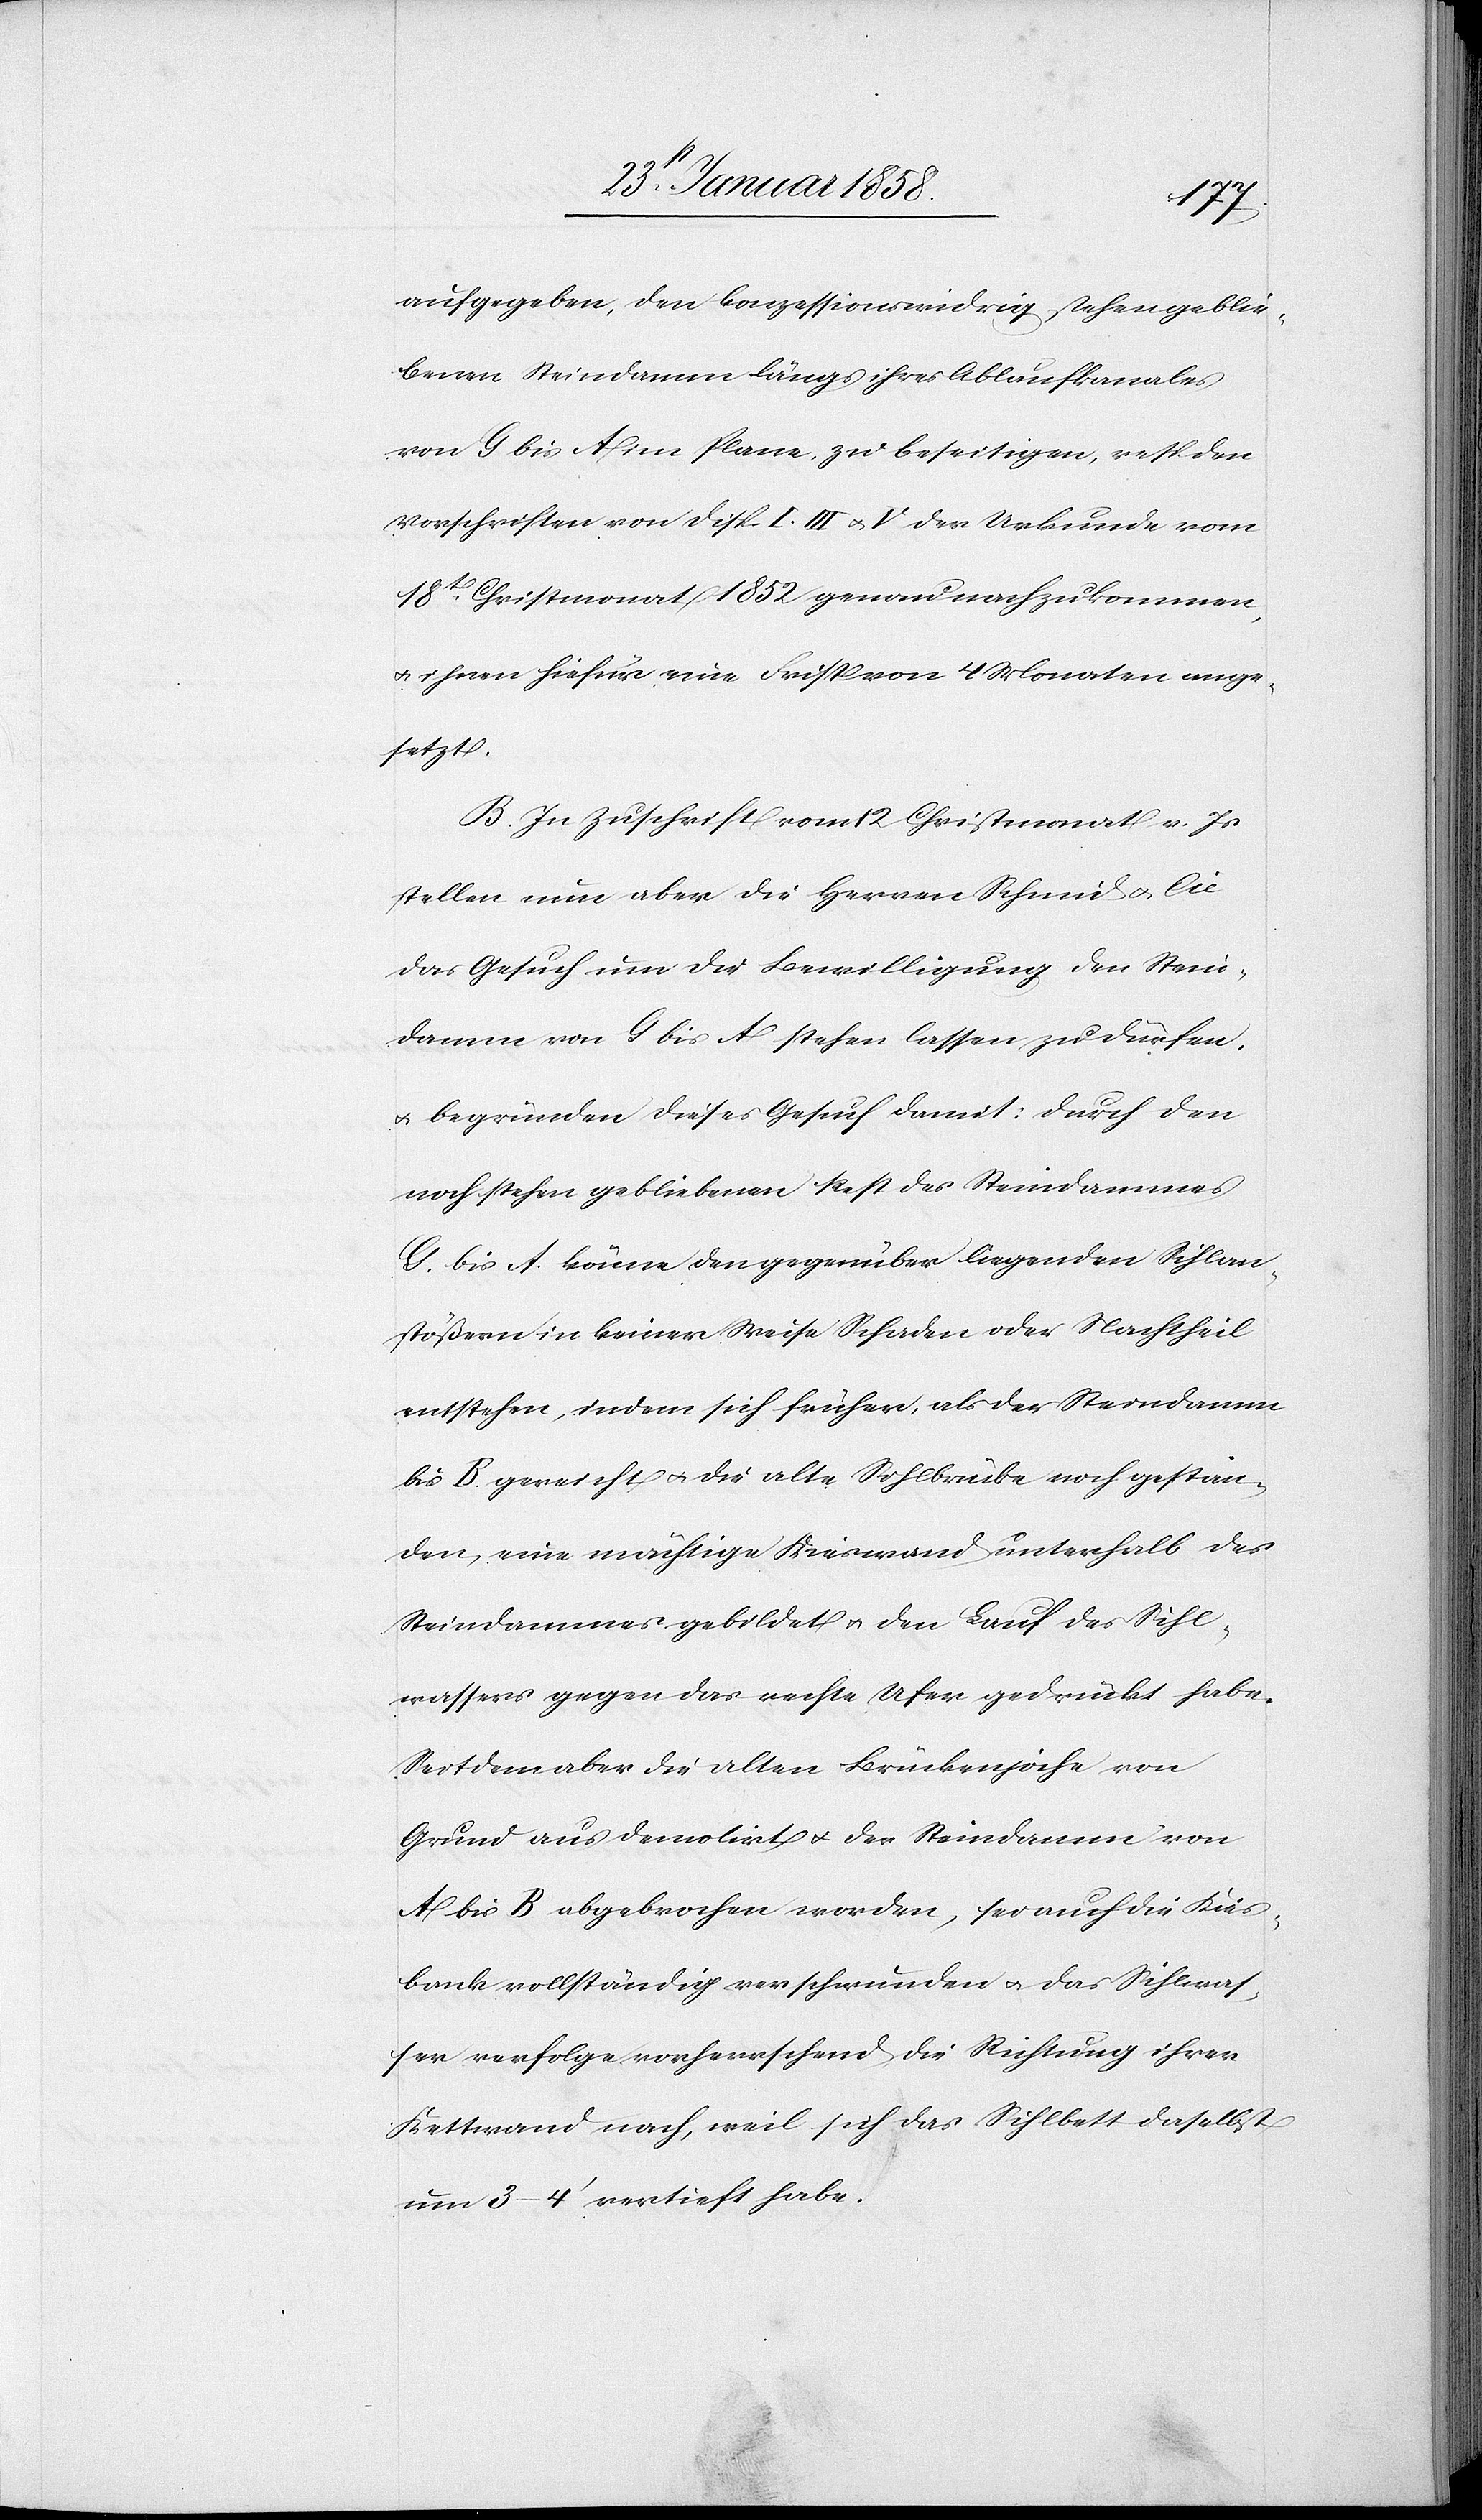
aufgegeben, den konzessionswidrig stehen geblie¬
benen Steindamm längs ihres Ablaufkanales
von G bis A im Plane zu beseitigen, resp. den
Vorschriften von Disp. I. III. u. V der Urkunde vom
18t Christmonat 1852 genau nachzukommen,
u. ihnen hiefür eine Frist von 4 Monaten ange¬
setzt.
B. In Zuschrift vom 12 Christmonat v. Js
stellen nun aber die Herren Schmid & Cie
das Gesuch um die Bewilligung den Stein¬
damm von G bis A stehen lassen zu dürfen,
u. begründen dieses Gesuch damit: durch den
noch stehen gebliebenen Rest des Steindammes
G. bis A. könne den gegenüber liegenden Sihlan¬
stößern in keiner Weise Schaden oder Nachtheil
entstehen, indem sich früher, als der Steindamm
bis B gereicht u. die alte Sihlbrücke noch gestan¬
den, eine mächtige Kieswand unterhalb des
Steindammes gebildet u. den Lauf des Sihl¬
wassers gegen das rechte Ufer gedrückt habe.
Seitdem aber die alten Brückenjoche von
Grund aus demolirt u. der Steindamm von
A bis B abgebrochen worden, sei auch die Kies¬
bank vollständig verschwunden u. das Sihlwas¬
ser verfolge vorherrschend die Richtung ihrer
Kettwand nach, weil sich das Sihlbett daselbst
um 3–4’ vertieft habe.